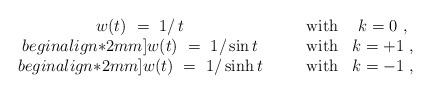
LaTeX: \begin{align*} \begin{array}{cccc} w(t)~=~1/\,t & \quad & \mbox{with} & k = 0~, \\begin{align*}2mm] w(t)~=~1/\sin t & \quad & \mbox{with} & k = +1~, \\begin{align*}2mm] w(t)~=~1/\sinh t & \quad & \mbox{with} & k = -1~, \end{array}\end{align*}